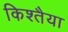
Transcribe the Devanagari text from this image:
किश्तैया